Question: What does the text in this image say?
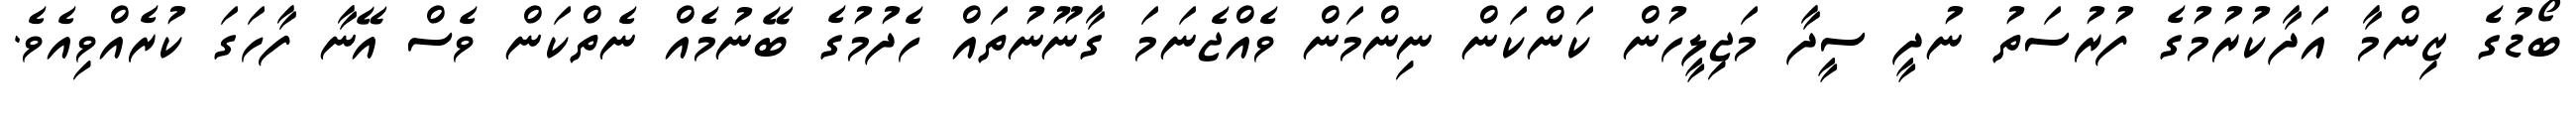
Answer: ބޯޑުގެ ޒިންމާ އަދާކުރުމުގެ ފުރުސަތު ނުދީ ސީދާ މަޖިލީހުން ކަންކަން ނިންމަން ވެއްޖެނަމަ ގާނޫނުތައް ހެދުމުގެ ބޭނުމެއް ނެތްކަން ވެސް އޭނާ ފާހަގަ ކުރެއްވިއެވެ.